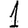
Digit: 1